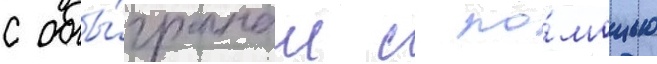
с обы́гранным с по́мощью